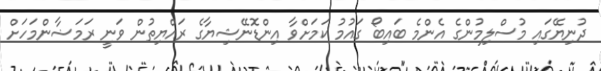
ދުނިޔޭގައި މުސްލިމުންގެ އެންމެ ބައިބޯ ގައުމު ކަމަށްވާ އިންޑޮނޭޝިޔާގެ ރައްޔިތުން ވަނީ ރަމަޟާންމަހަށް